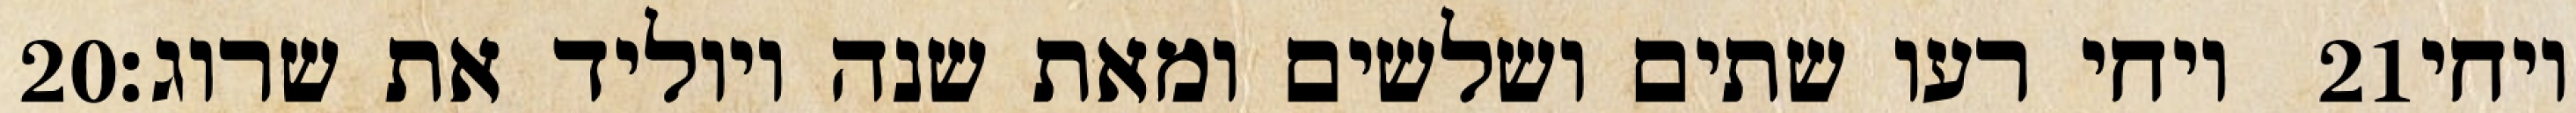
‎20‏ ויחי רעו שתים ושלשים ומאת שנה ויוליד את שרוג׃ ‎21‏ ויחי